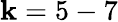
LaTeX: \mathbf{k}=5-7